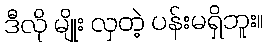
ဒီလို မျိုး လှတဲ့ ပန်းမရှိဘူး။